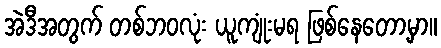
အဲဒီအတွက် တစ်ဘဝလုံး ယူကျုံးမရ ဖြစ်နေတော့မှာ။